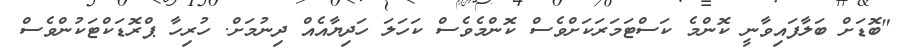
"ބޮޑަށް ބަލާފައިވާނީ ކޮންމެ ކަސްޓަމަރަކަށްވެސް ކޮންމެވެސް ކަހަލަ ހަދިޔާއެއް ދިނުމަށް. ހުރިހާ ޕްރޮޑަކްޓަކުންވެސް